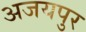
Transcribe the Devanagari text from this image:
अजयपुर